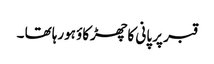
قبر پر پانی کا چھڑکاؤ ہورہا تھا ۔